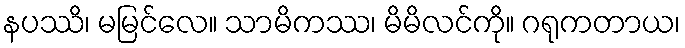
နပဿိ၊ မမြင်လေ။ သာမိကဿ၊ မိမိလင်ကို။ ဂရုကတာယ၊